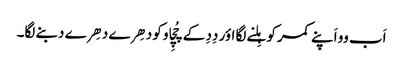
اَب وو اَپنے کمر کو ہِلنے لگا اؤر دِدِ کے چُچِاو کو دھِرے دھِرے دبنے لگا۔